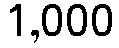
1,000